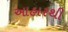
આહારથી